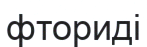
фториді